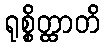
ရုစ္စိတ္ထာတိ